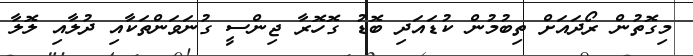
މިގޮތުން ރޯދައަށް ތިބުމުން ކުޑައަދި ބޮޑު ގޮހޮރާ ޖިންސީ ގުނަވަންތަކާއި ދުލާއި ލޮލާ